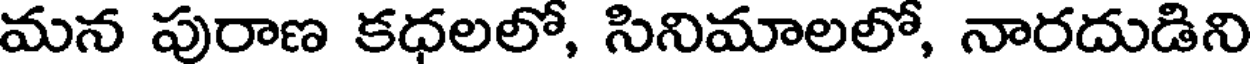
మన పురాణ కధలలో, సినిమాలలో, నారదుడిని